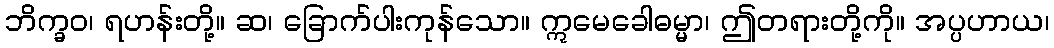
ဘိက္ခဝ၊ ရဟန်းတို့။ ဆ၊ ခြောက်ပါးကုန်သော။ ဣမေခေါဓမ္မာ၊ ဤတရားတို့ကို။ အပ္ပဟာယ၊